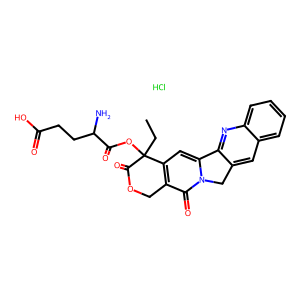
SMILES: CCC1(OC(=O)C(N)CCC(=O)O)C(=O)OCc2c1cc1n(c2=O)Cc2cc3ccccc3nc2-1.Cl
Inhibits HIV replication: No